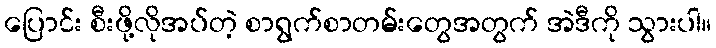
ပြောင်း စီးဖို့လိုအပ်တဲ့ စာရွက်စာတမ်းတွေအတွက် အဲဒီကို သွားပါ။